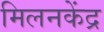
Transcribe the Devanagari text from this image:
मिलनकेंद्र